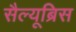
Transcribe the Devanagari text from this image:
सैल्यूब्रिस